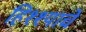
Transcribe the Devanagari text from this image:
हिश्श्याचे